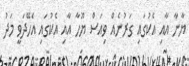
ޔާނާ އާއި އެކުގައި ގަރުނެއް ވިއަސް ޔޫހާ އާއި އެކުގައި އެހޭދަވީ މަދު